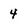
Character: 4